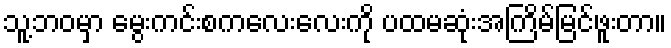
သူ့ဘဝမှာ မွေးကင်းစကလေးလေးကို ပထမဆုံးအကြိမ်မြင်ဖူးတာ။